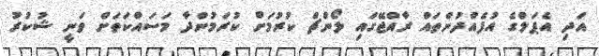
އަދި އެޕަލްގެ އުފެއްދުންތައް ރާއްޖޭގައި ލޯންޗް ކުރުމަށް ކުރަމުންދާ މަސައްކަތަށް ވަނީ ޝުކުރު